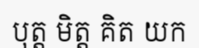
បុត្ត មិត្ត គិត យក